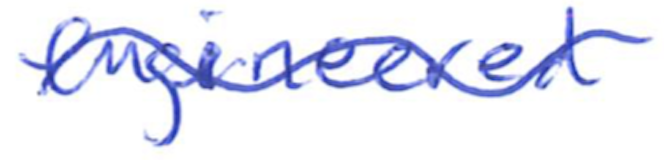
Text: engineered
Cross-out: wave
Writing tool: ballpoint